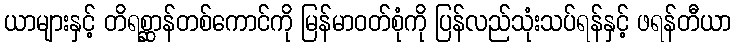
ယာများနှင့် တိရစ္ဆာန်တစ်ကောင်ကို မြန်မာဝတ်စုံကို ပြန်လည်သုံးသပ်ရန်နှင့် ဖရန်တီယာ